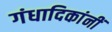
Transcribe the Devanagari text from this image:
गंधादिकांनीं